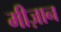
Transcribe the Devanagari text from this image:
मीज़ान